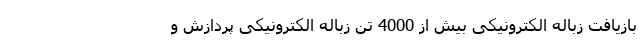
بازیافت زباله الکترونیکی بیش از 4000 تن زباله الکترونیکی پردازش و